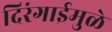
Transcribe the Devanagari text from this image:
दिरंगाईमुळे